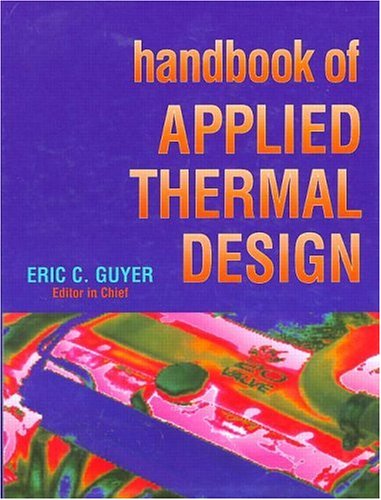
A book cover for Handbook of Applied Thermal Design; Eric C. Guyer; Engineering & Transportation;